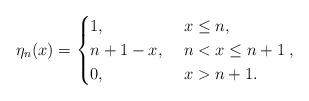
LaTeX: \begin{align*}\eta_n(x)=\begin{cases}1, &\ x\leq n,\\n+1-x, & \ n<x\leq n+1\\0, &\ x> n+1.\end{cases},\end{align*}